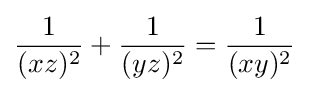
{\frac {1}{(xz)^{2}}}+{\frac {1}{(yz)^{2}}}={\frac {1}{(xy)^{2}}}